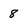
Character: 8